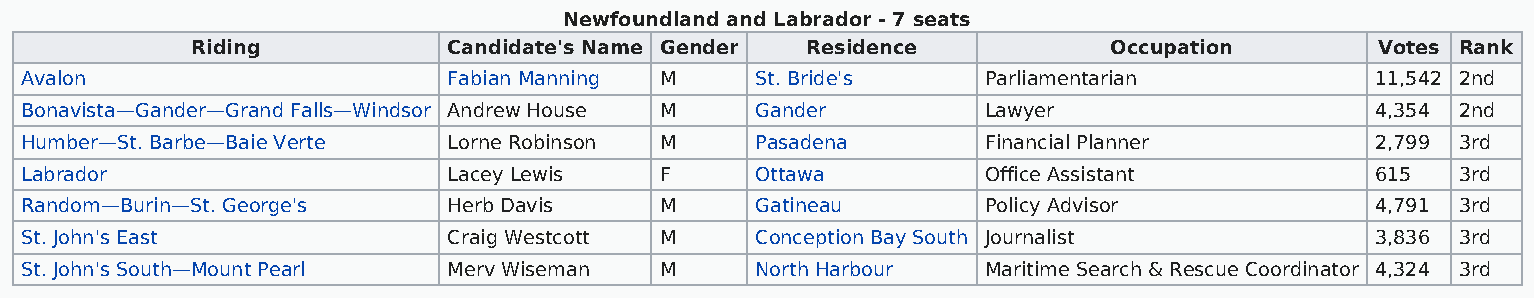
Newfoundland and Labrador - 7 seats
 Riding           Candidate's Name Gender Residence          Occupation        Votes Rank
 Avalon                       Fabian Manning M    St. Bride's    Parliamentarian           11,542 2nd
 Bonavista—Gander—Grand Falls—Windsor Andrew House M Gander      Lawyer                    4,354 2nd
 Humber—St. Barbe—Baie Verte  Lorne Robinson M    Pasadena       Financial Planner         2,799 3rd
 Labrador                     Lacey Lewis   F     Ottawa         Office Assistant          615   3rd
 Random—Burin—St. George's    Herb Davis    M     Gatineau       Policy Advisor            4,791 3rd
 St. John's East              Craig Westcott M    Conception Bay South Journalist          3,836 3rd
 St. John's South—Mount Pearl Merv Wiseman  M     North Harbour  Maritime Search & Rescue Coordinator 4,324 3rd